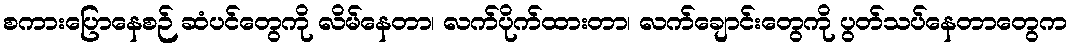
စကားပြောနေစဉ် ဆံပင်တွေကို လိမ်နေတာ၊ လက်ပိုက်ထားတာ၊ လက်ချောင်းတွေကို ပွတ်သပ်နေတာတွေက